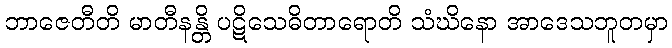
ဘာဇေတီတိ မာတီနန္တိ ပဋိသေဓိတာရောတိ သံဃိနော အာဒေသဘူတမှာ